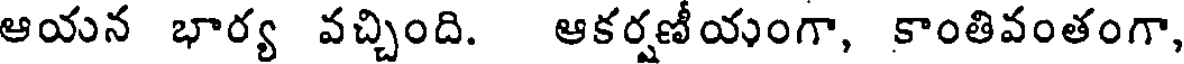
ఆయన భార్య వచ్చింది. ఆకర్షణీయంగా, కాంతివంతంగా,